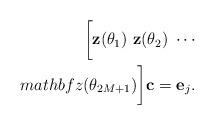
LaTeX: \begin{align*}\bigg [\mathbf z(\theta_1) \ \mathbf z(\theta_2) \ \cdots \\mathbf z(\theta_{2M+1}) \bigg] \mathbf c = \mathbf e_j .\end{align*}